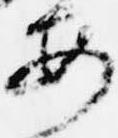
安